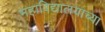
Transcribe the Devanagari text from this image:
महाविद्यालयाच्या